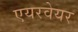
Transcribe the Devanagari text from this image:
एयरवेयर